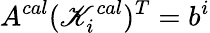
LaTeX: A^{cal}(\mathscr{K}_{i}^{cal})^{T}=b^{i}